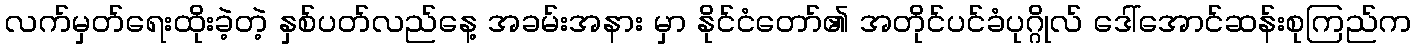
လက်မှတ်ရေးထိုးခဲ့တဲ့ နှစ်ပတ်လည်နေ့ အခမ်းအနား မှာ နိုင်ငံတော်၏ အတိုင်ပင်ခံပုဂ္ဂိုလ် ဒေါ်အောင်ဆန်းစုကြည်က